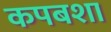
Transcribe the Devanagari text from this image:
कपबशा